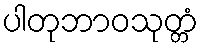
ပါတုဘာဝသုတ္တံ